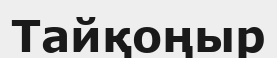
Тайқоңыр